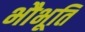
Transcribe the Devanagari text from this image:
भौभूति